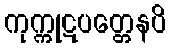
ကုက္ကုဋပတ္တေနပိ